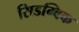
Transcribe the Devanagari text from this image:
सिडग्विक